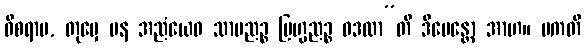
ဝိစရာမ, တုမှေ ပန အညံယေဝ သာမညဉ္စ ဗြဟ္မညဉ္စ ဝဒထာ”တိ ဒီပေန္တော အာဟ။ ပကတိ